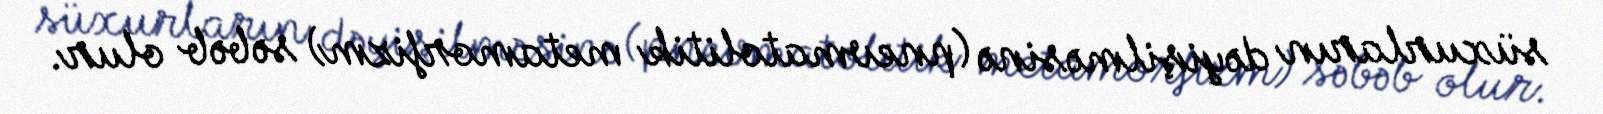
süxurların dəyişilməsinə (pnevmatolitik metamorfizm) səbəb olur.